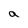
Character: a